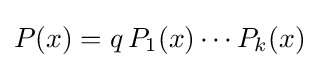
P(x)=q\,P_{1}(x)\cdots P_{k}(x)